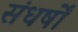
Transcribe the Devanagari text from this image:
संधर्षों